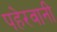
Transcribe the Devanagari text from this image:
पहेरवानी